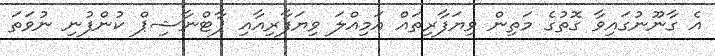
އެ ގާނޫނުގައިވާ ގޮތުގެ މަތިން ވިޔަފާރިތައް އަމިއްލަ ވިޔަފާރިއާއި ޕާޓްނާޝިޕް ކުންފުނި ނުވަތަ